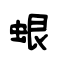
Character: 蛝